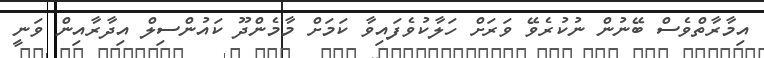
އިމާރާތްވެސް ބޭނުން ނުކުރެވޭ ވަރަށް ހަލާކުވެފައިވާ ކަމަށް މާމެންދޫ ކައުންސިލް އިދާރާއިން ވަނީ